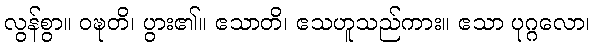
လွန်စွာ။ ဝဍ္ဎတိ၊ ပွား၏။ ဧသာတိ၊ ဧသဟူသည်ကား။ ဧသာ ပုဂ္ဂလော၊